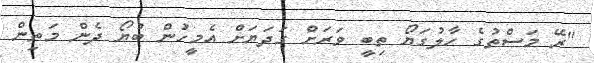
"ރޭ މަސްތުގެ ހާލުގަޔޯ ތިބީ ވަރަށް ގަދަޔަށް އެމީހުން ބުޔޯ ދެން މަތިން